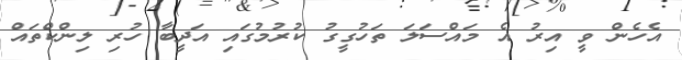
އެހެން ވީ އިރު އެ މައްސަލަ ތަހުގީގު ކުރުމުގައި އަދީބާ ހުރި ލިންކްތައް